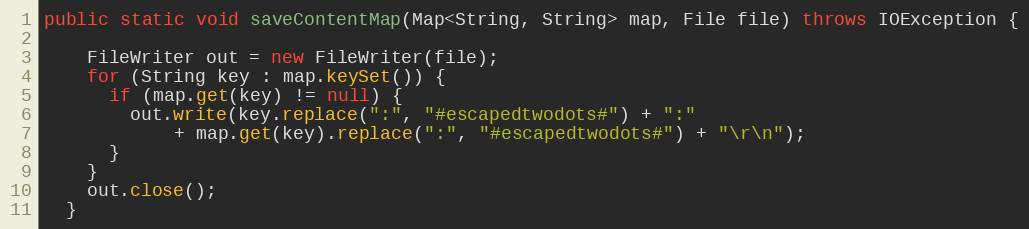
Language: Java
public static void saveContentMap(Map<String, String> map, File file) throws IOException {

    FileWriter out = new FileWriter(file);
    for (String key : map.keySet()) {
      if (map.get(key) != null) {
        out.write(key.replace(":", "#escapedtwodots#") + ":"
            + map.get(key).replace(":", "#escapedtwodots#") + "\r\n");
      }
    }
    out.close();
  }